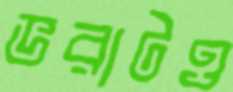
ভরাটও